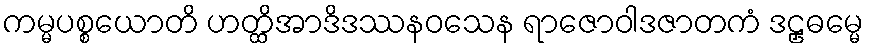
ကမ္မပစ္စယောတိ ဟတ္ထိအာဒိဒဿနဝသေန ရာဇောဝါဒဇာတကံ ဒဠှဓမ္မေ